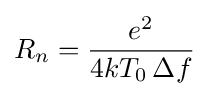
R_{n}={\frac {e^{2}}{4kT_{0}\,\Delta f}}